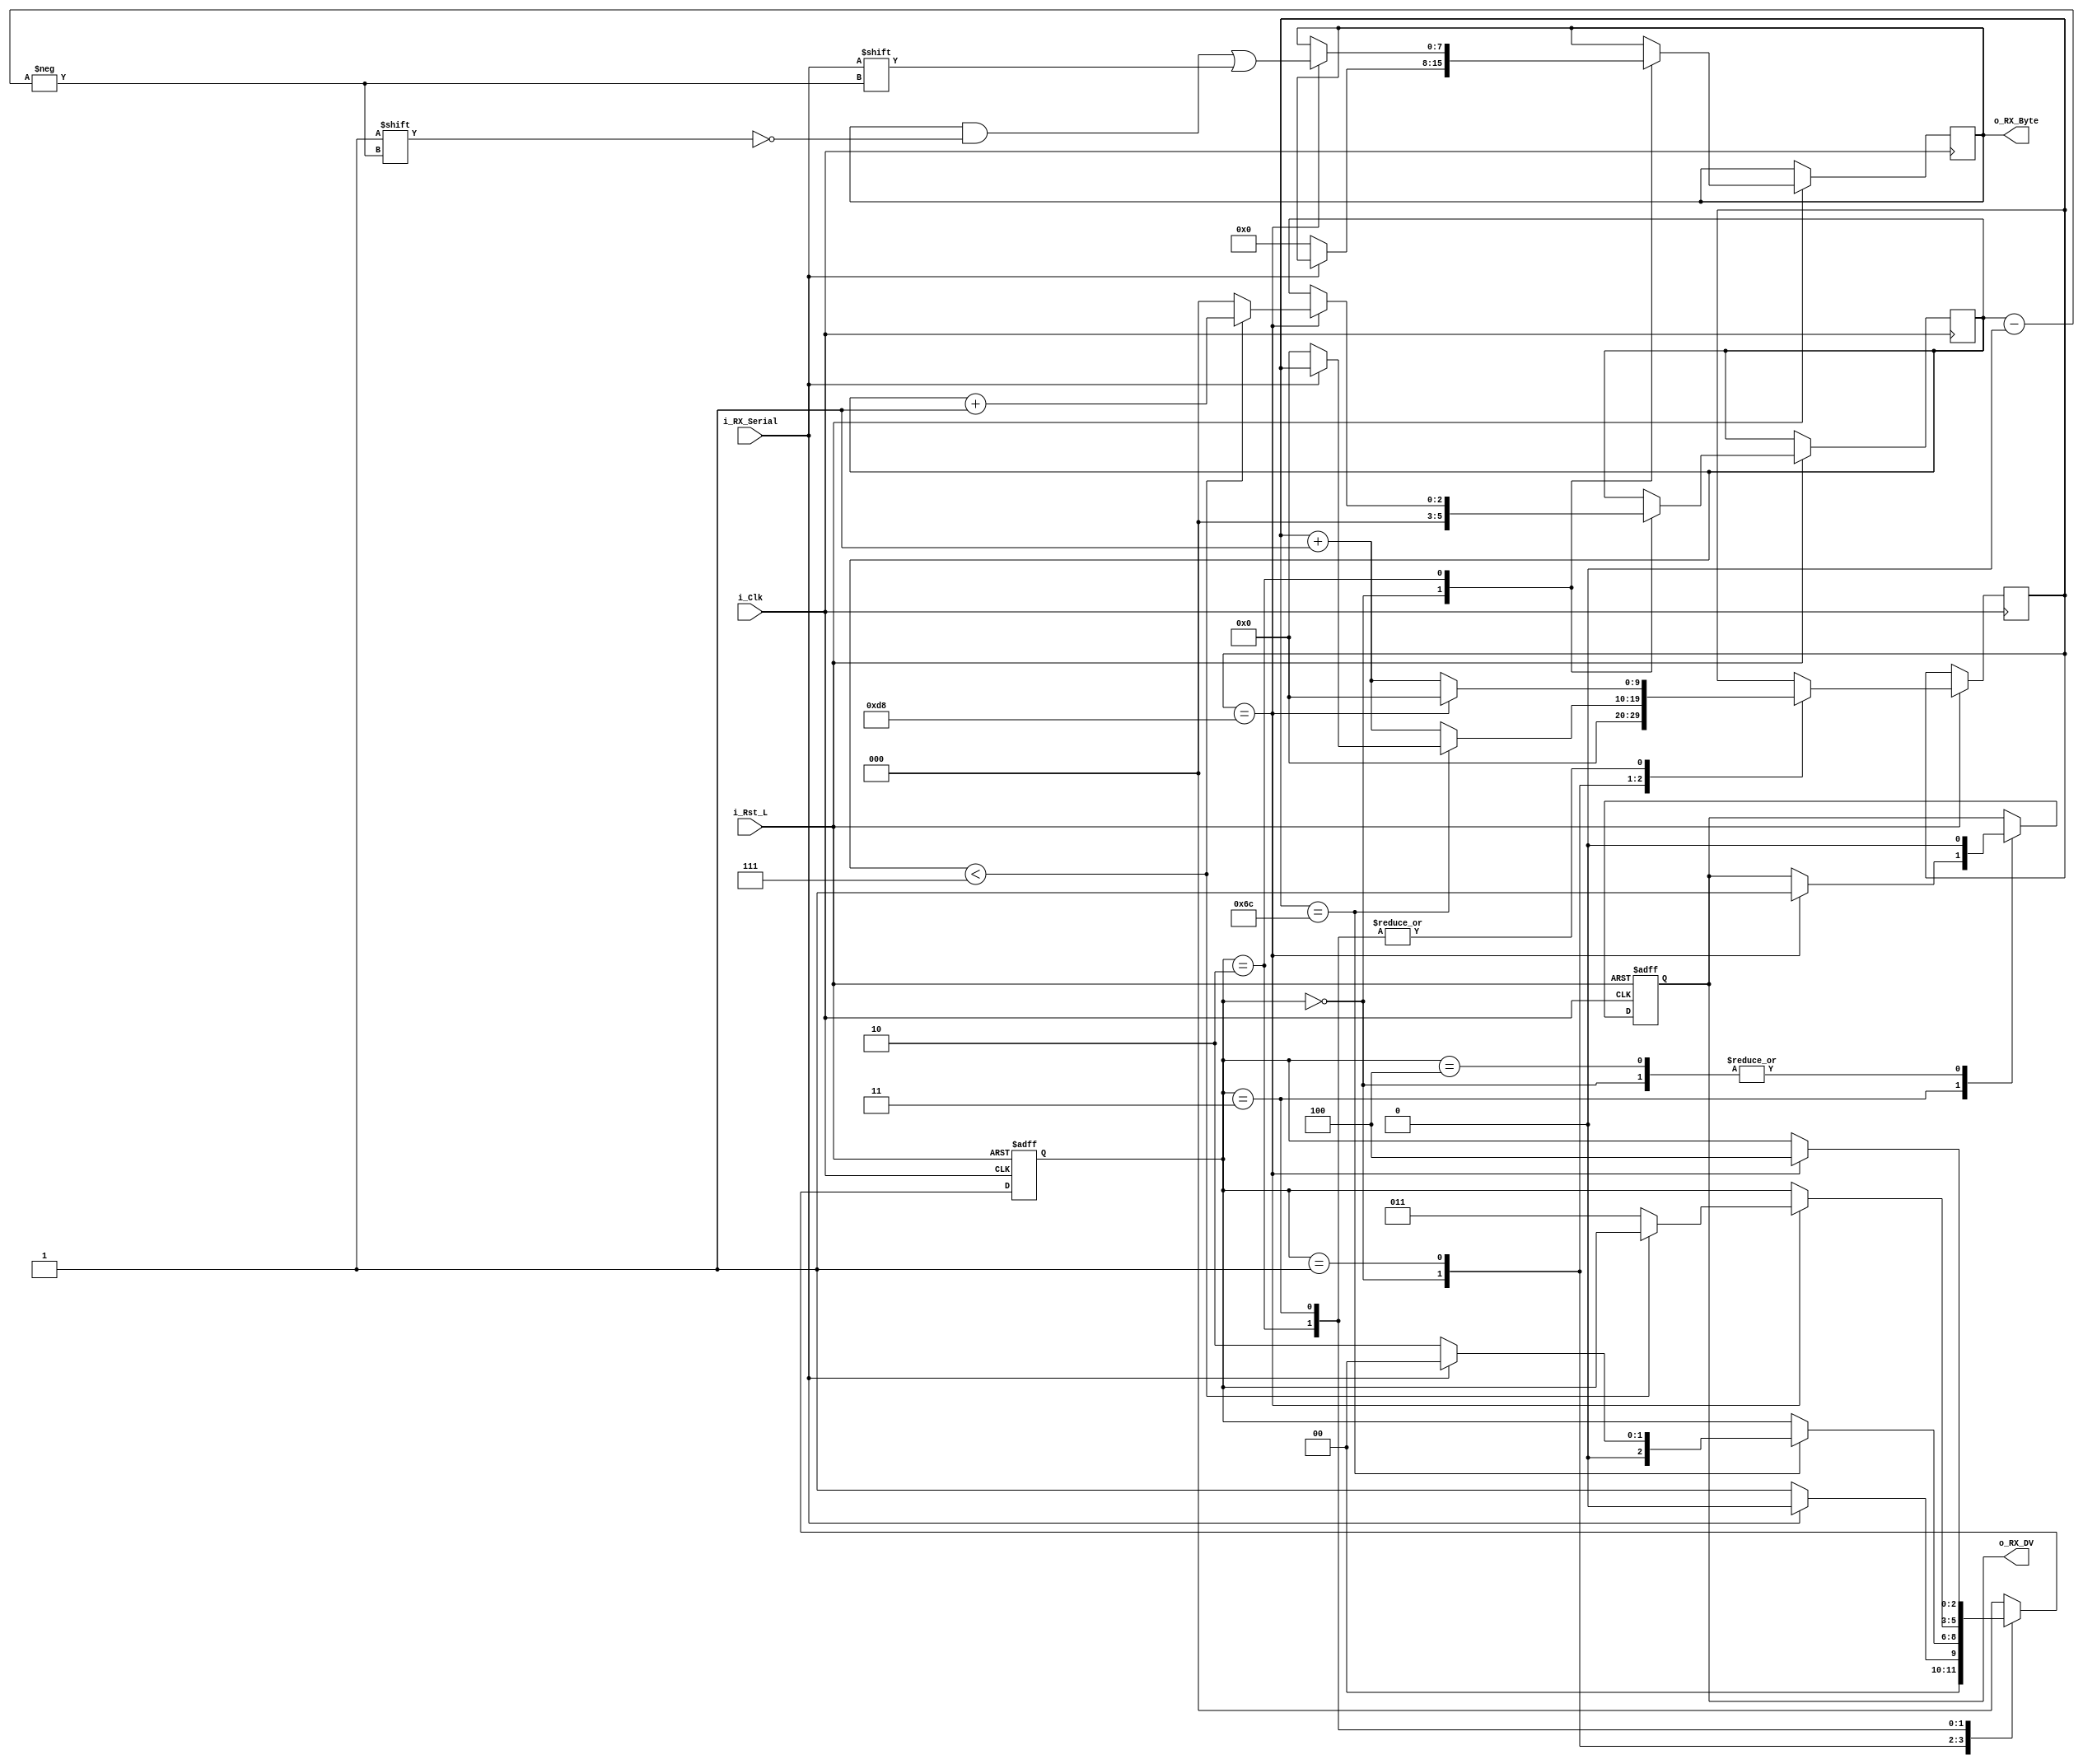
`default_nettype none

module uart_rx #(
    parameter CLKS_PER_BIT = 217
)(
    input wire i_Rst_L,
    input wire i_Clk,
    input wire i_RX_Serial,
    output reg o_RX_DV,         // Data vaild (DV) flag (high for one clock cycle)
    output reg [7:0] o_RX_Byte
);

// States
localparam IDLE         = 3'b000;
localparam RX_START_BIT = 3'b001;
localparam RX_DATA_BITS = 3'b010;
localparam RX_STOP_BIT  = 3'b011;
localparam FINISH       = 3'b100;

reg [2:0] r_RX_State;
reg [2:0] r_Bit_Index;
reg [9:0] r_Clock_Count;

initial begin
    o_RX_DV <= 1'b0;
    o_RX_Byte <= 0;
end

always @(posedge i_Clk or negedge i_Rst_L) begin

    if(~i_Rst_L) begin
        r_RX_State <= IDLE;
        o_RX_DV <= 1'b0;
    end
    else begin
        case (r_RX_State)
        IDLE:
            begin
                o_RX_DV <= 1'b0;
                r_Clock_Count <= 1'b0;
                r_Bit_Index   <= 1'b0;
                
                if(i_RX_Serial == 1'b0) begin // Detect the start bit (line has recently gone from high to low)
                    o_RX_Byte <= 0;
                    r_RX_State <= RX_START_BIT;
                end
                else begin
                    r_RX_State <= IDLE;
                end
            end

            // Wait until the middle of the start bit and sample it again
            // If it is still low we star receiving the data bits
        RX_START_BIT:
            begin

                if(r_Clock_Count == (CLKS_PER_BIT - 1)/2) begin
                    if(i_RX_Serial == 1'b0) begin
                        r_Clock_Count <= 1'b0;
                        r_RX_State <= RX_DATA_BITS;
                    end
                    else begin
                        r_RX_State <= IDLE;
                    end
                end
                else begin
                    r_Clock_Count <= r_Clock_Count + 1;
                end

            end

            // We enter this state from RX_START_BIT at the middle of the start bit
            // Thus we should wait CLKS_PER_BIT clock cycles before we sample the first data bit 
        RX_DATA_BITS:
            begin

                if(r_Clock_Count == (CLKS_PER_BIT - 1)) begin
                    r_Clock_Count <= 1'b0;

                    o_RX_Byte[r_Bit_Index] <= i_RX_Serial;

                    if(r_Bit_Index < 7) begin
                        r_Bit_Index <= r_Bit_Index + 1;
                    end
                    else begin
                        r_Bit_Index <= 1'b0;
                        r_RX_State <= RX_STOP_BIT;
                    end
                end
                else begin
                    r_Clock_Count <= r_Clock_Count + 1;
                end

            end

            // The stop bit should be high
        RX_STOP_BIT:
            begin

                if(r_Clock_Count == (CLKS_PER_BIT - 1)) begin
                    r_Clock_Count <= 1'b0;
                    o_RX_DV = 1'b1; // Signal that one byte has been received
                    r_RX_State <= FINISH;
                end
                else begin
                    r_Clock_Count <= r_Clock_Count + 1;
                end

            end

        FINISH:
            begin
                r_RX_State <= IDLE;
                o_RX_DV    <= 1'b0;
            end
        default:
            r_RX_State <= IDLE;
        endcase
    end

end

endmodule